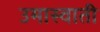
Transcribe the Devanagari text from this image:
उमास्वाती